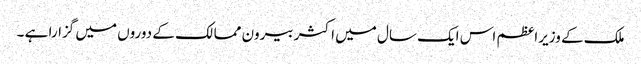
ملک کے وزیراعظم اس ایک سال میں اکثر بیرون ممالک کے دوروں میں گزارا ہے ۔